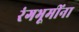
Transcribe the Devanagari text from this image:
रंगभूमींना